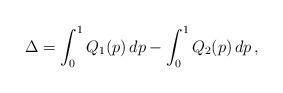
LaTeX: \begin{align*}\Delta=\int_0^1{Q_1(p)}\,dp-\int_0^1{Q_2(p)}\,dp \,,\end{align*}